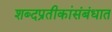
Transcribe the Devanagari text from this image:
शब्दप्रतीकांसंबंधात